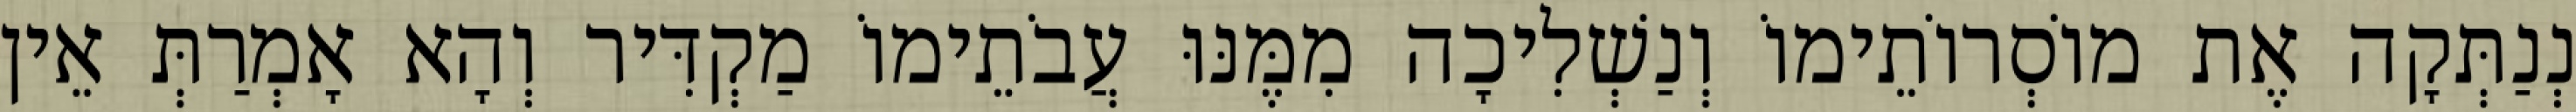
נְנַתְּקָה אֶת מוֹסְרוֹתֵימוֹ וְנַשְׁלִיכָה מִמֶּנּוּ עֲבֹתֵימוֹ מַקְדִּיר וְהָא אָמְרַתְּ אֵין